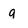
Character: a